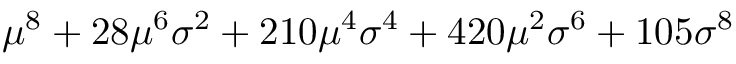
\mu ^ { 8 } + 2 8 \mu ^ { 6 } \sigma ^ { 2 } + 2 1 0 \mu ^ { 4 } \sigma ^ { 4 } + 4 2 0 \mu ^ { 2 } \sigma ^ { 6 } + 1 0 5 \sigma ^ { 8 }